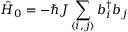
\hat { H } _ { 0 } = - \hbar J \sum _ { \langle i , j \rangle } b _ { i } ^ { \dagger } b _ { j }